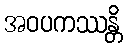
အဝပကဿန္တိ